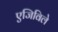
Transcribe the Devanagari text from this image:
एजिविले